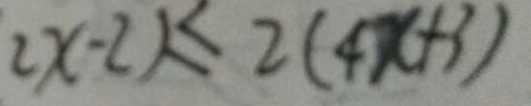
2 x - 2 ) \leq 2 ( 4 x + 3 )